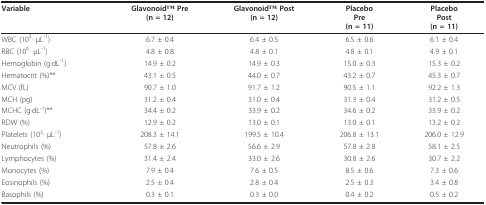
| Variable | GlavonoidTM Pre(n = 12) | GlavonoidTM Post(n = 12) | PlaceboPre(n = 11) | PlaceboPost(n = 11) |
 | --- | --- | --- | --- | --- |
 | WBC (103· μL-1) | 6.7 ± 0.4 | 6.4 ± 0.5 | 6.5 ± 0.6 | 6.1 ± 0.4 |
 | RBC (106· μL-1) | 4.8 ± 0.8 | 4.8 ± 0.1 | 4.8 ± 0.1 | 4.9 ± 0.1 |
 | Hemoglobin (g·dL-1) | 14.9 ± 0.2 | 14.9 ± 0.3 | 15.0 ± 0.3 | 15.3 ± 0.2 |
 | Hematocrit (%)** | 43.1 ± 0.5 | 44.0 ± 0.7 | 43.2 ± 0.7 | 45.3 ± 0.7 |
 | MCV (fL) | 90.7 ± 1.0 | 91.7 ± 1.2 | 90.5 ± 1.1 | 92.2 ± 1.3 |
 | MCH (pg) | 31.2 ± 0.4 | 31.0 ± 0.4 | 31.3 ± 0.4 | 31.2 ± 0.5 |
 | MCHC (g·dL-1)** | 34.4 ± 0.2 | 33.9 ± 0.2 | 34.6 ± 0.2 | 33.9 ± 0.2 |
 | RDW (%) | 12.9 ± 0.2 | 13.0 ± 0.1 | 13.0 ± 0.1 | 13.2 ± 0.2 |
 | Platelets (103· μL-1) | 208.3 ± 14.1 | 199.5 ± 10.4 | 206.8 ± 13.1 | 206.0 ± 12.9 |
 | Neutrophils (%) | 57.8 ± 2.6 | 56.6 ± 2.9 | 57.8 ± 2.8 | 58.1 ± 2.5 |
 | Lymphocytes (%) | 31.4 ± 2.4 | 33.0 ± 2.6 | 30.8 ± 2.6 | 30.7 ± 2.2 |
 | Monocytes (%) | 7.9 ± 0.4 | 7.6 ± 0.5 | 8.5 ± 0.6 | 7.3 ± 0.6 |
 | Eosinophils (%) | 2.5 ± 0.4 | 2.8 ± 0.4 | 2.5 ± 0.3 | 3.4 ± 0.8 |
 | Basophils (%) | 0.3 ± 0.1 | 0.3 ± 0.0 | 0.4 ± 0.2 | 0.5 ± 0.2 |